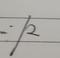
Signature authenticity: genuine